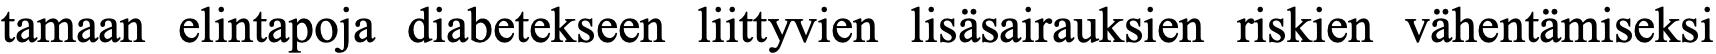
tamaan elintapoja diabetekseen liittyvien lisäsairauksien riskien vähentämiseksi